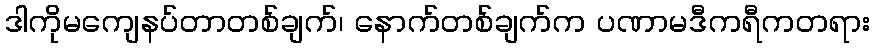
ဒါကိုမကျေနပ်တာတစ်ချက်၊ နောက်တစ်ချက်က ပဏာမဒီကရီကတရား